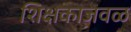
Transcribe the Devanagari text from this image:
शिक्षकाजवळ